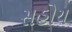
સહોય